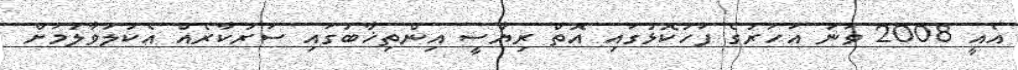
އެއީ 2008 ވަނަ އަހަރުގެ ފަހުކޮޅުގައި އޮތް ރިޔާސީ އިންތިޚާބުގައި ސަރުކާރެއް އެކުލަވާލުމަށް